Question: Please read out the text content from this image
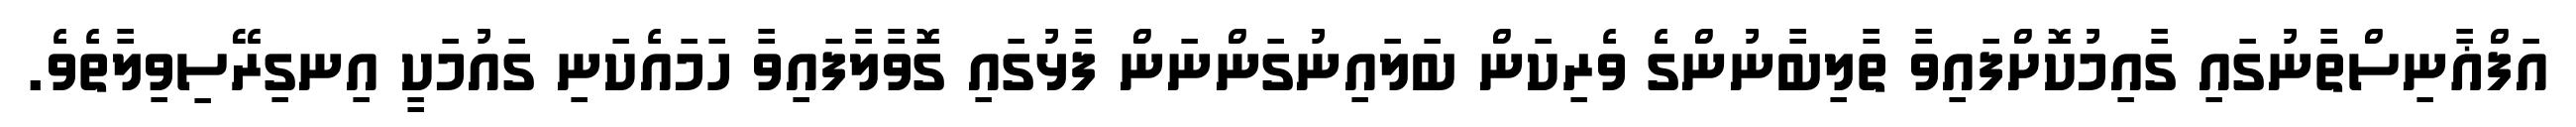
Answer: އަފްޣާނިސްތާނުގައި ގާއިމުކޮށްފައިވާ ތާލިބާނުންގެ ވެރިކަން ބަލައިނުގަންނަން ފާޅުގައި ގޮވާލާފައިވާ ހަމައެކަނި ގައުމަކީ އިނގިރޭސިވިލާތެވެ.